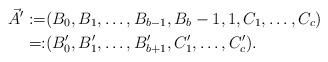
LaTeX: \begin{align*} \vec{A}' := & (B_0, B_1, \dots, B_{b-1}, B_b-1, 1, C_1, \dots, C_c) \\ =: & (B'_0, B'_1, \dots, B'_{b+1}, C'_1, \dots, C'_c). \end{align*}